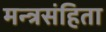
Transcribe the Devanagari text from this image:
मन्त्रसंहिता